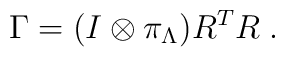
\Gamma=(I\otimes\pi_{\Lambda})R^TR\;.